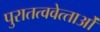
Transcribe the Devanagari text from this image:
पुरातत्ववेत्‍ताओं